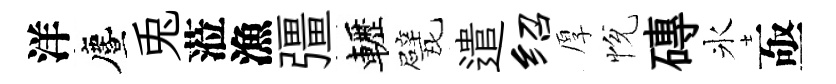
洋󵨌兎蒞漁彊轣戏遣绍厚恱磚氷亟